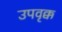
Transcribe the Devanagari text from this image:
उपवृक्क